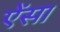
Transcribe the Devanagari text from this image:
ऐंसा